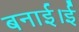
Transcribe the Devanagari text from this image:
बनाई।ई